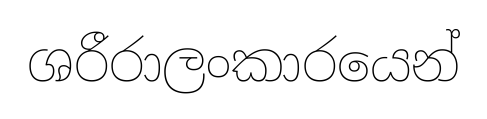
ශරීරාලංකාරයෙන්